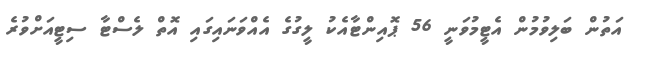
އަތުން ބަލިވުމުން އެޓީމުވަނީ 56 ޕޮއިންޓާއެކު ލީގުގެ އެއްވަނައިގައި އޮތް ލެސްޓާ ސިޓީއަށްވުރެ